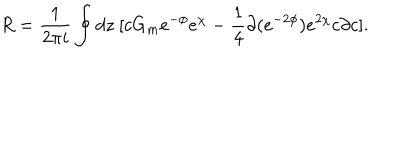
R = \frac { 1 } { 2 \pi i } \oint d z ~ [ c G _ { m } e ^ { - \phi } e ^ { \chi } - \frac { 1 } { 4 } \partial ( e ^ { - 2 \phi } ) e ^ { 2 \chi } c \partial c ] .